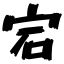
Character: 宕